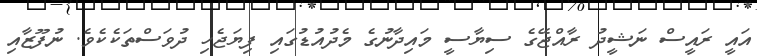
އައީ ރައީސް ނަޝީދު ރާއްޖޭގެ ސިޔާސީ މައިދާނުގެ މެދުއުޑުގައި ފިޔަޖެހި ދުވަސްތަކެކެވެ. ނުފޫޒާއި